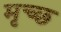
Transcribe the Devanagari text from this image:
मृच्छ